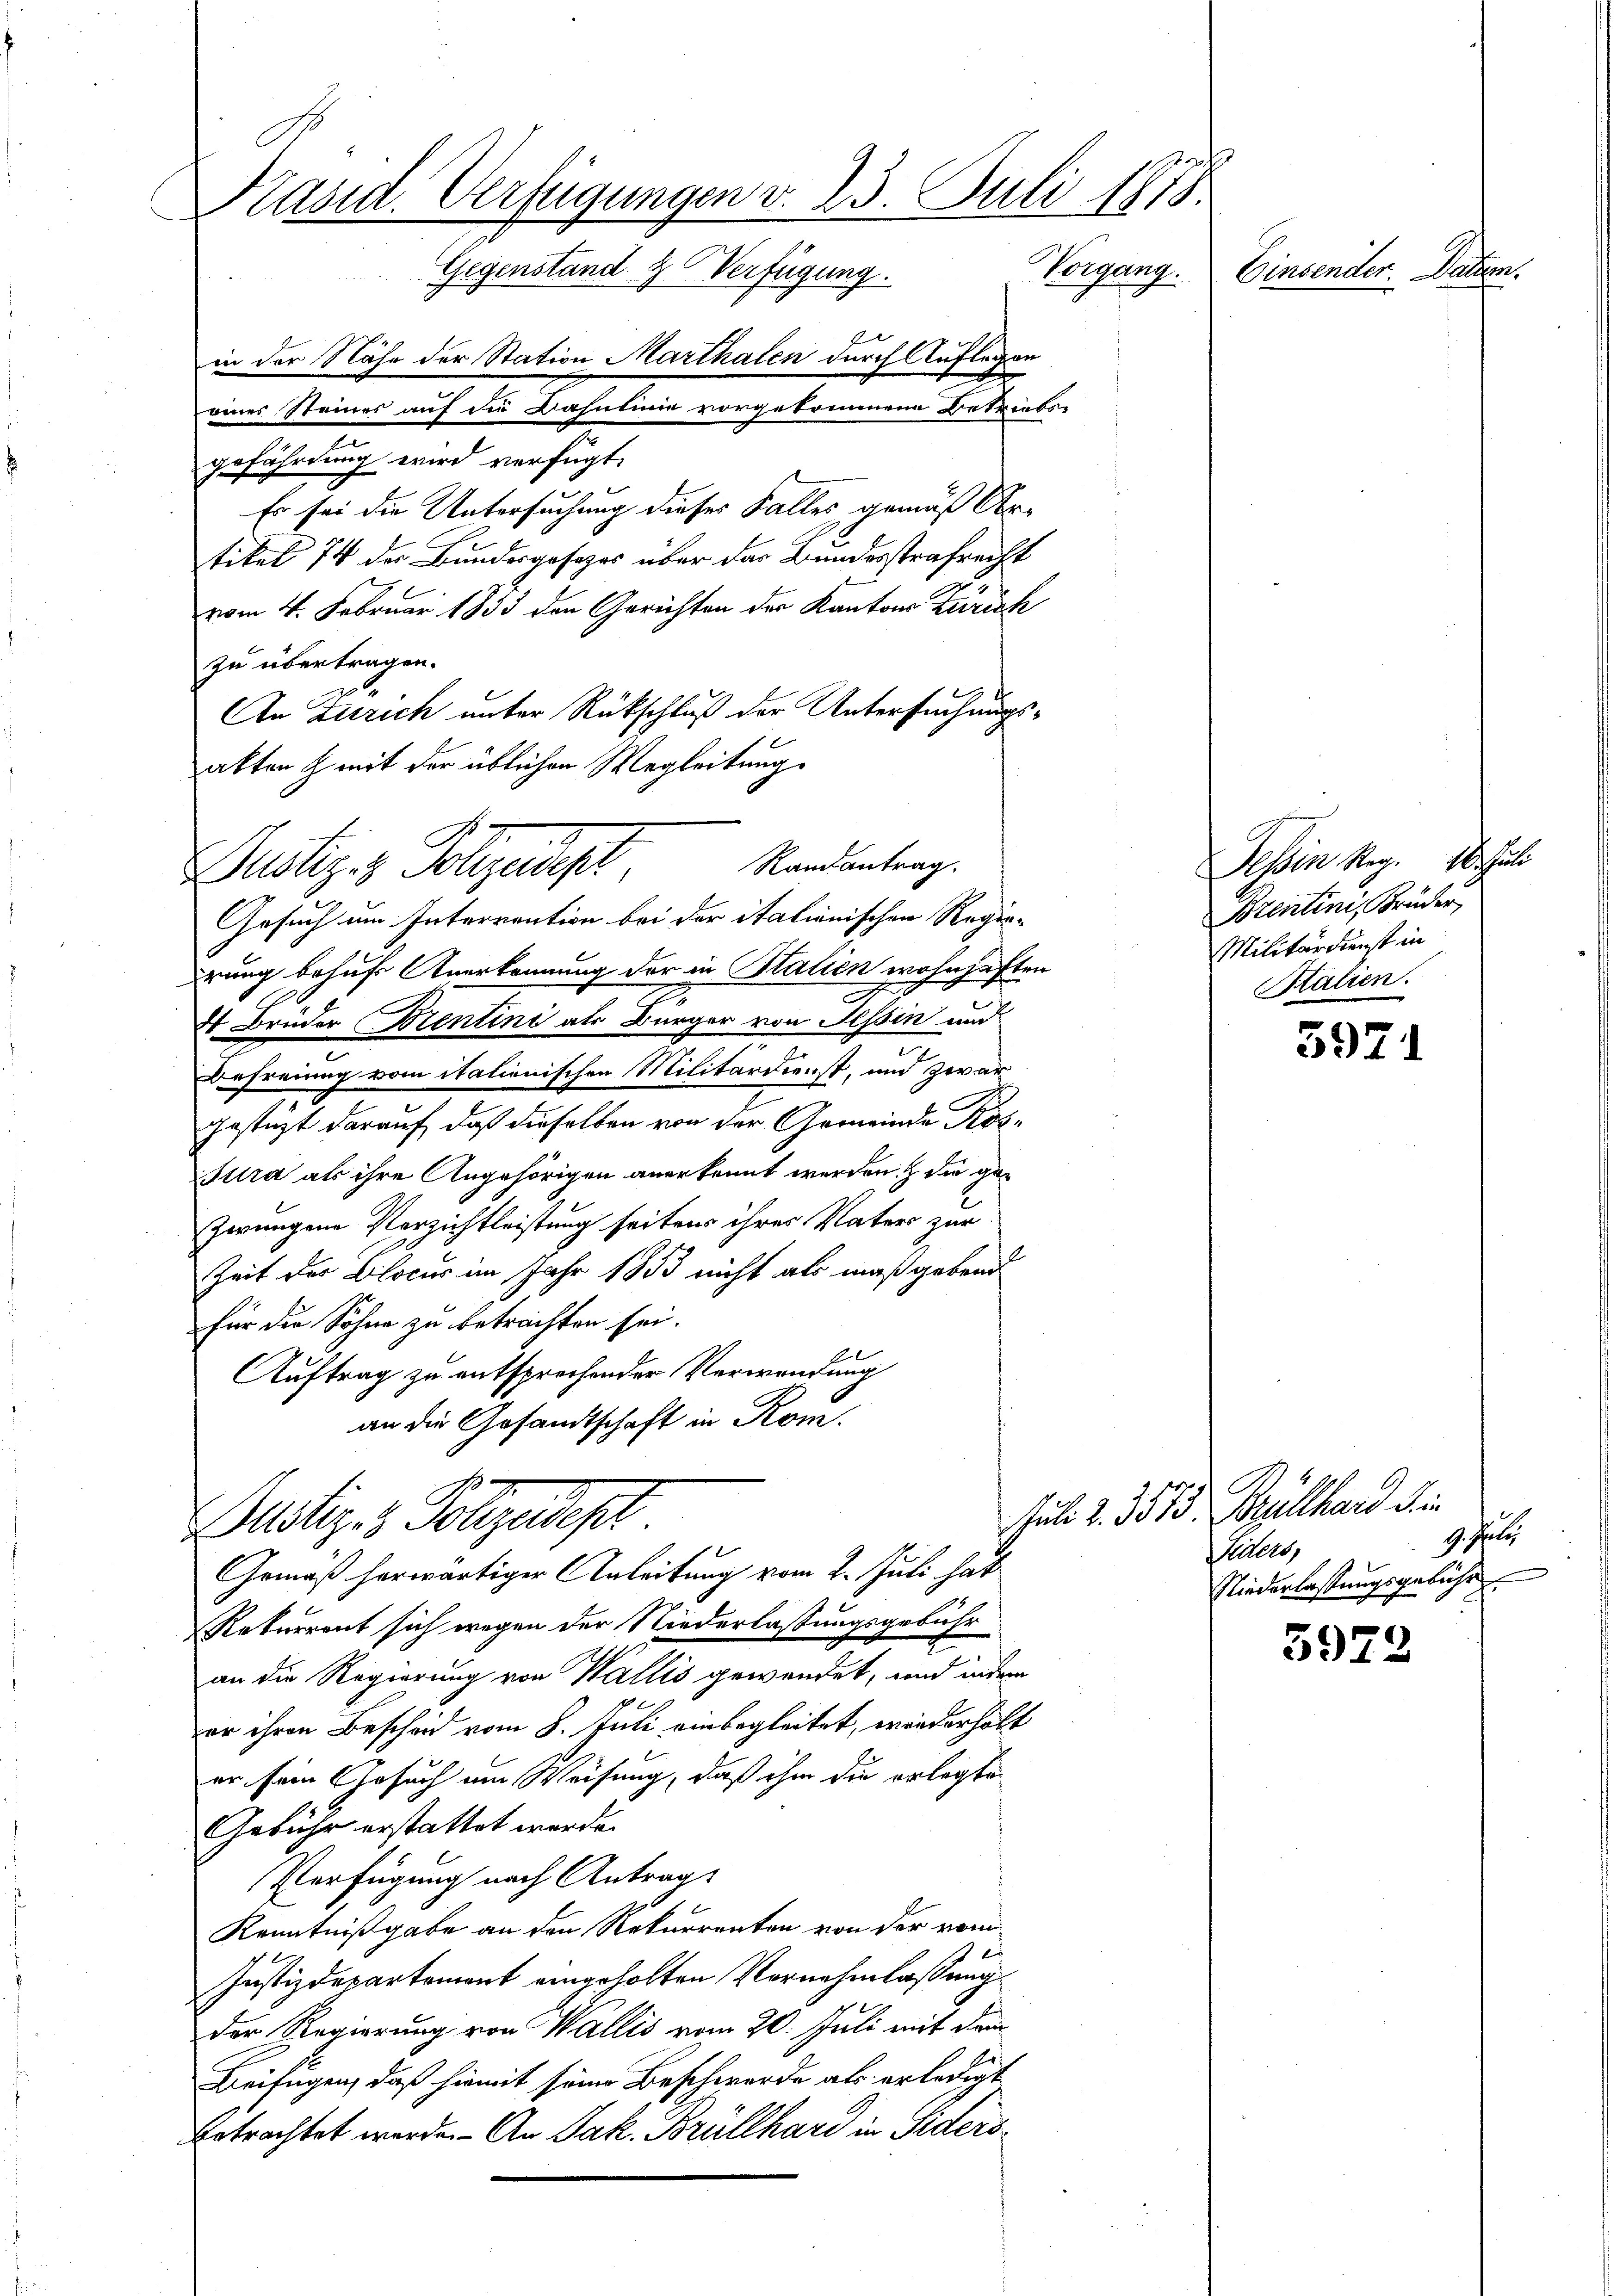
Präsid. Verfügungen v. 23. Juli 1878
Gegenstand & Verfügung. Vorgang.
Einsender. Datum.

in der Nähe der Station Marthalen durch Auflegen
eines Steines auf die Bahnlinie vorgekommene Betriebs-
gefährdung wird verfügt:
Es sei die Untersuchung dieses Falles gemäß Urtikel 74 der Bundesgesezes über das Bundesstrafrecht
vom 4. Februar 1853 den Gerichten der Kantons Zürich
zu übertragen.
An Zürich unter Rückschluß der Untersuchungsabten & mit der üblichen Wegleitung
Gesuch um Interrention bei der italionischen Regie-
drung behuf Anerkennung der in Stalien wohnhaften
4 Brüder Brentini als Bürger von Tessin und
Befreiung vom italienischen Militärdienst, und zwar
gestüzt darauf, daß dieselben von der Gemeinde Rös¬
Ittra als ihre Angehörigen anerkennt werden. die gezerungen Verzichtleistung seitens ihres Vaters zur
1
Zeit des Blocus im Jahr 1853 nicht als maßgebend
für die Sohne zu betrachten sei.
Auftrag zu entsprechender Verwendung
an die Gesandtschaft in Rom.

Mötiges Polizeist

Randantrag.

Justiz- & Polizeidept

Gemäß herwärtiger Anleitung vom 2. Juli hat
Rekurrent sich wegen der Niederlassungsgebühr
an die Regierung von Wallis gewendet, und indem
er ihren Bescheid vom 8. Juli einbegleitet, wiederholt
er sein Gesuch um Weisung, dass ihm die erlegte
Gebühr erstattet werde.
Verfügung nach Antrag
Kenntnißgabe an den Rekurrenten von der vom
Justizdepartement eingeholten Vornehmlassung
der Regierung von Wallis vom 20. Juli mit dem
Beifügen, daß hiemit seine Beschwerde als erledigt
betrachtet werde. An Jak. Brüllhard in Siders¬

Tessin Reg. 16. Juli
Bozentini, Brüder
Militärdienst in
Stalien.

Juli 2. 3575. Müllhard die
9. Phili
Siles,
Niederlassungsgebühr

5971

5972.